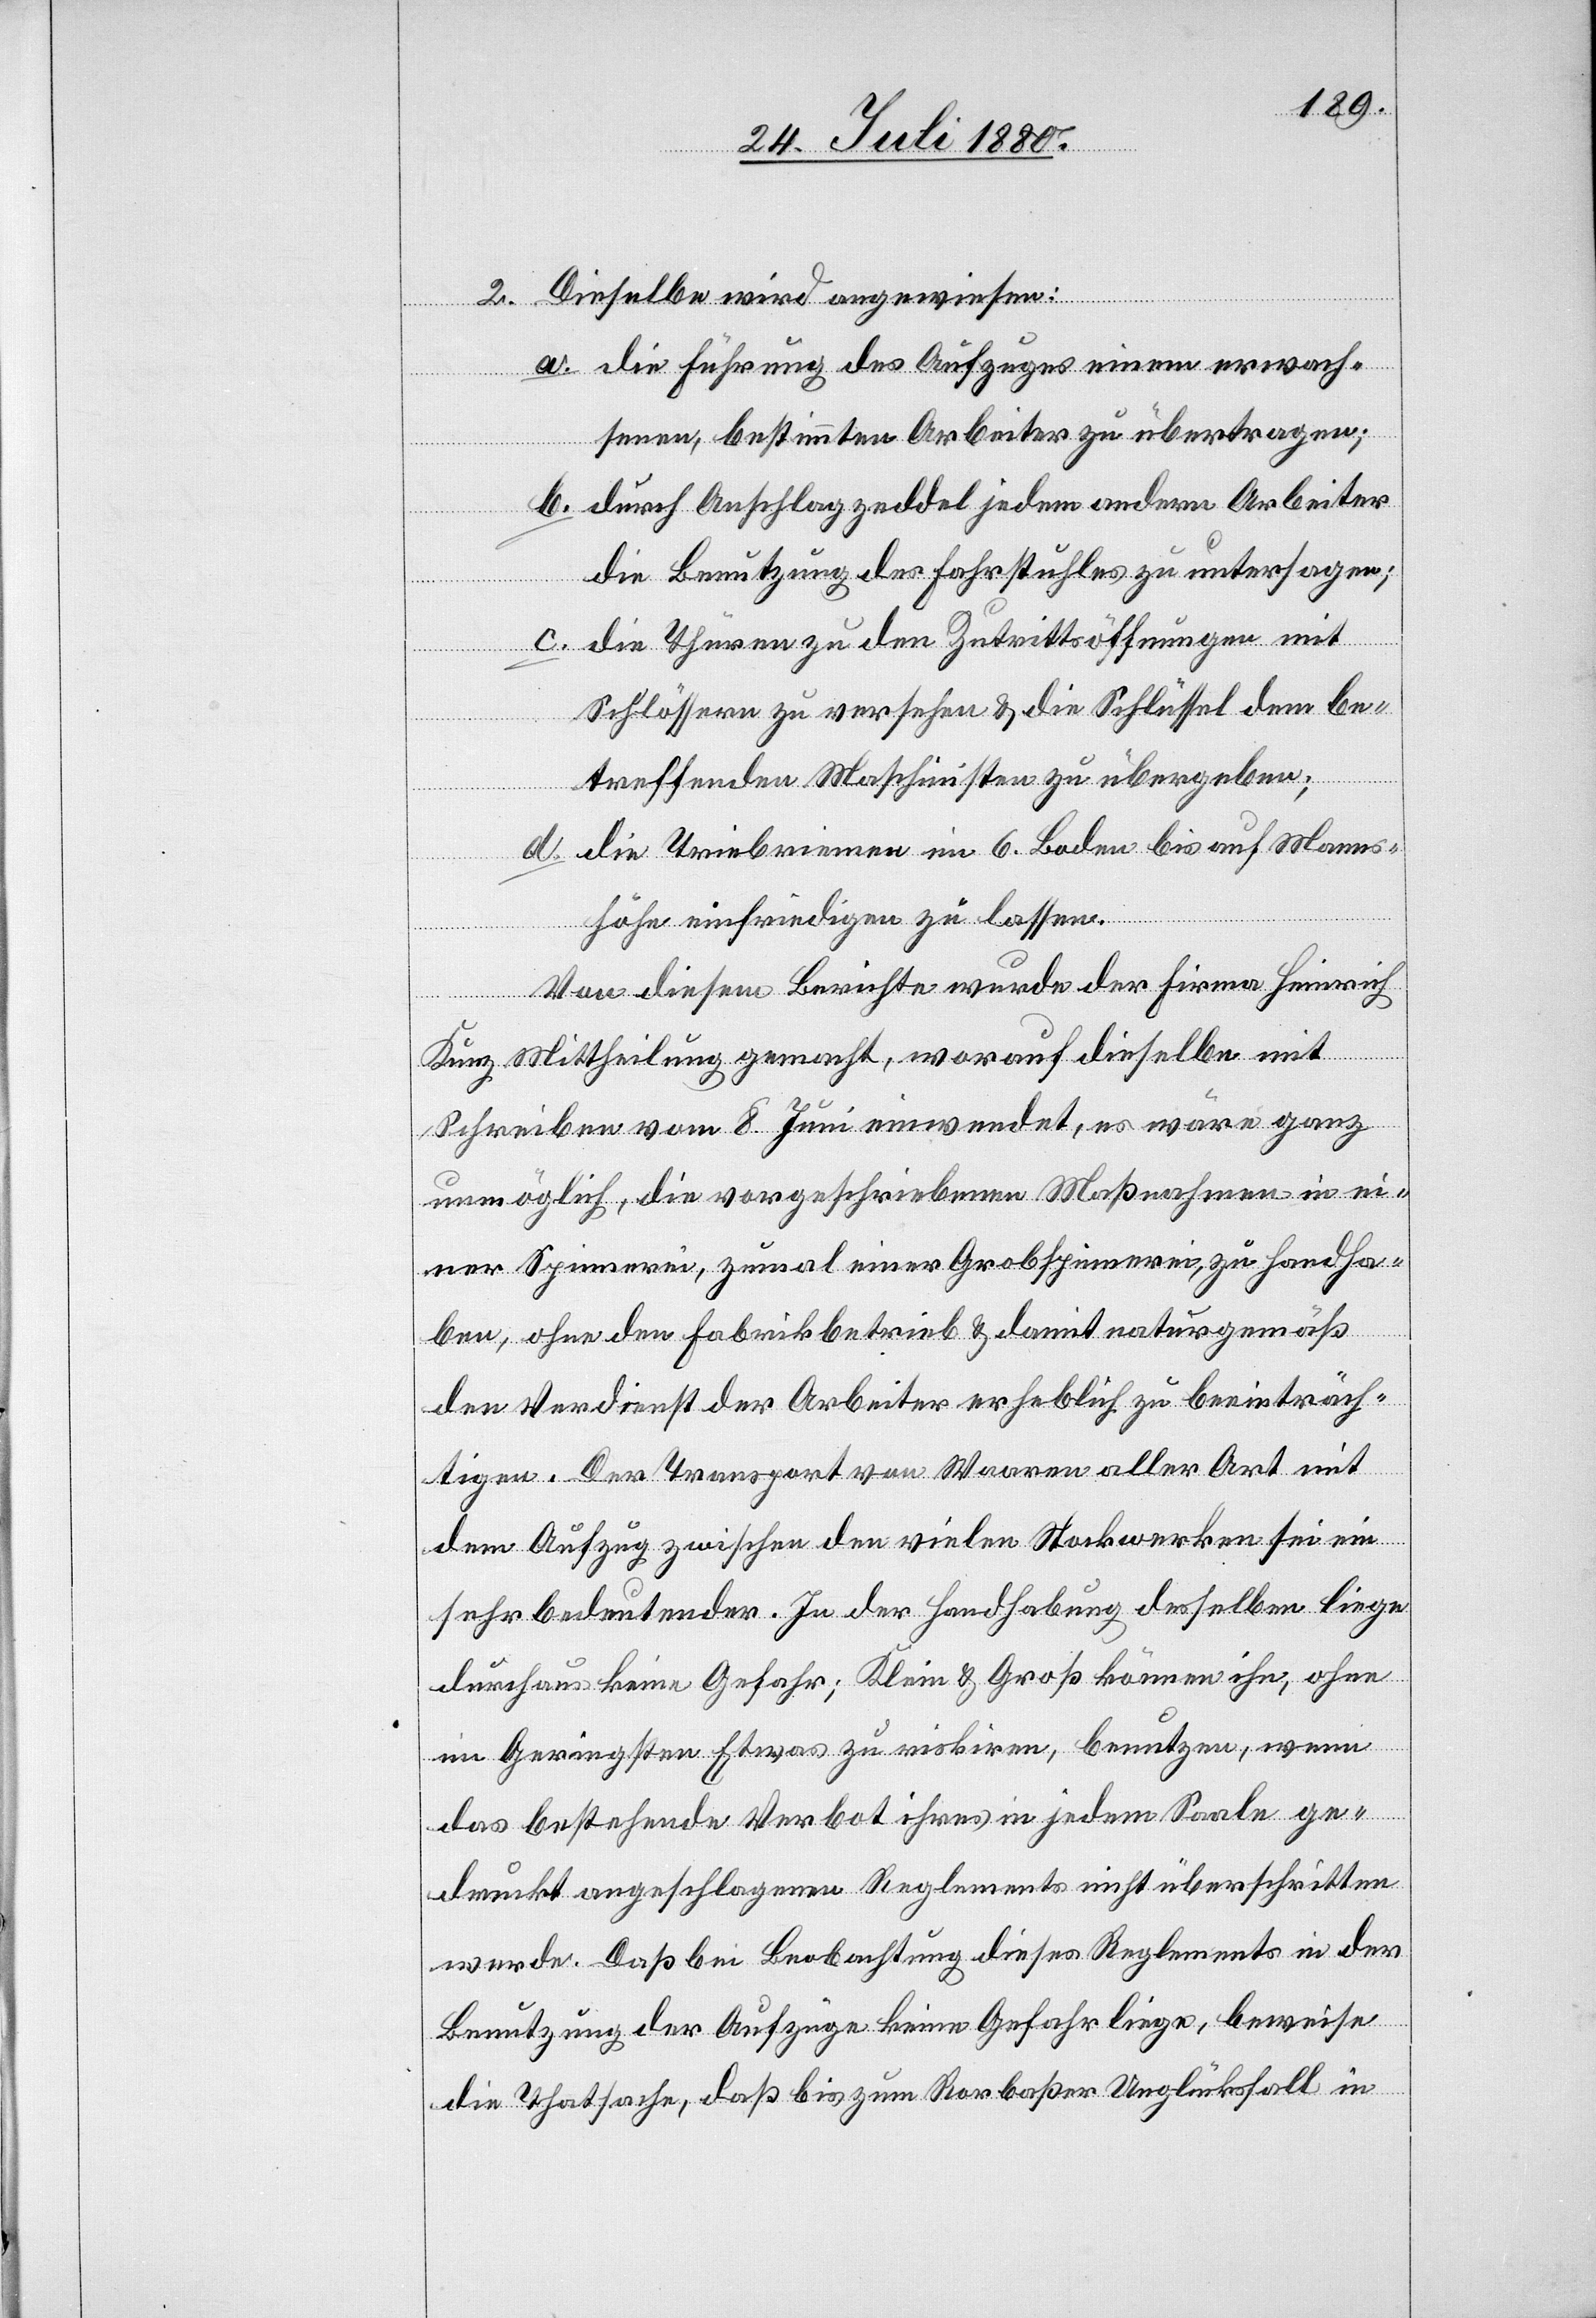
2. Dieselbe wird angewiesen:
a. die Führung des Aufzuges einem erwach¬
senen, bestimmten Arbeiter zu übertragen;
b. durch Anschlagzeddel jedem andern Arbeiter
c.
die Benutzung des Fahrstuhles zu untersagen;
die Thüren zu den Zutrittsöffnungen mit
Schlössern zu versehen & die Schlüssel dem be¬
treffenden Maschinisten zu übergeben;
d. die Triebrinnen im 6. Boden bis auf Manns¬
höhe einfriedigen zu lassen.
Von diesem Berichte wurde der Firma Heinrich
Kunz Mittheilung gemacht, worauf dieselbe mit
Schreiben vom 8. Juni einwendet, es wäre ganz
unmöglich, die vorgeschriebenen Maßnahmen in ei¬
ner Spinnerei, zumal einer Grobspinnerei, zu handha¬
ben, ohne den Fabrikbetrieb & damit naturgemäß
den Verdienst der Arbeiter erheblich zu beeinträch¬
tigen. Der Transport von Waaren aller Art mit
dem Aufzug zwischen den vielen Stockwerken sie ein
sehr bedeutender. In der Handhabung desselben liege
durchaus keine Gefahr; Klein & Groß können ihn, ohne
im Geringsten Etwas zu riskiren, benutzen, wenn
das bestehende Verbot ihres in jedem Saale ge¬
druckt angeschlagenen Reglements nicht überschritten
werde. Daß bei Beobachtung dieses Reglements in der
Benutzung der Aufzüge keine Gefahr liege, beweise
die Thatsache, daß bis zum Rorbaßer Unglücksfall in